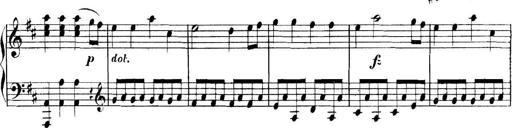
Title: Collected Piano Sonatas
Composer: Muzio Clementi